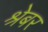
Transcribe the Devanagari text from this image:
श्रेबर